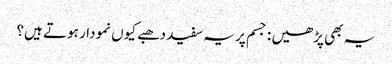
یہ بھی پڑھیں : جسم پر یہ سفید دھبے کیوں نمودار ہوتے ہیں؟